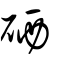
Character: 硒